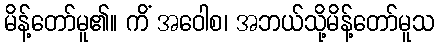
မိန့်တော်မူ၏။ ကိံ အဝေါစ၊ အဘယ်သို့မိန့်တော်မူသ